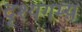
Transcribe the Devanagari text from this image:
दृश्यगम्य